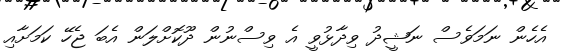
އެހެން ނަމަވެސް ނަޝީދު ވިދާޅުވީ އެ ވިސްނުން ދޫކޮށްލަން އެބަ ޖެހޭ ކަމަށާއި